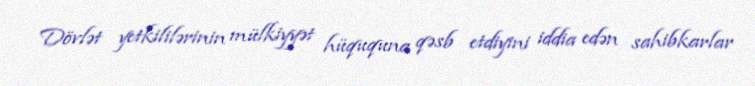
Dövlət yetkililərinin mülkiyyət hüququna qəsb etdiyini iddia edən sahibkarlar